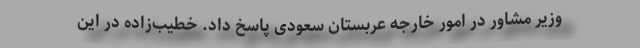
وزیر مشاور در امور خارجه عربستان سعودی پاسخ داد. خطیب‌زاده در این